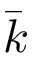
\bar { k }